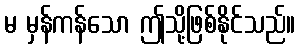
မ မှန်ကန်သော ဤသို့ဖြစ်နိုင်သည်။